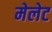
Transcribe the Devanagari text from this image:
मेलेट